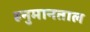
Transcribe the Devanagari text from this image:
हनुमानताल